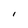
Character: i